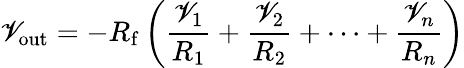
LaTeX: \mathscr{V}_{\mathrm{{out}}}=-R_{\mathrm{{f}}}\left({\frac{{\mathscr{V}_{1}}}{{R_{1}}}}+{\frac{{\mathscr{V}_{2}}}{{R_{2}}}}+\cdots+{\frac{{\mathscr{V}_{n}}}{{R_{n}}}}\right)